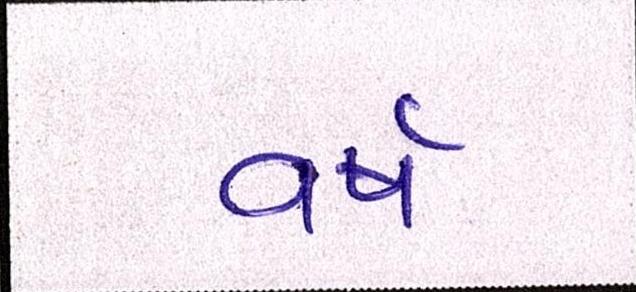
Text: વર્ષ